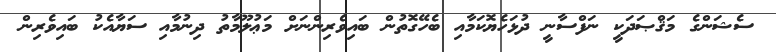
ސެޝަންގެ މަޤްޞަދަކީ ނަފްސާނީ ދުޅަހެޔޮކަމާއި ބެހޭގޮތުން ބައިވެރިންނަށް މަޢުލޫމާތު ދިނުމާއި ސަޔާއެކު ބައިވެރިން